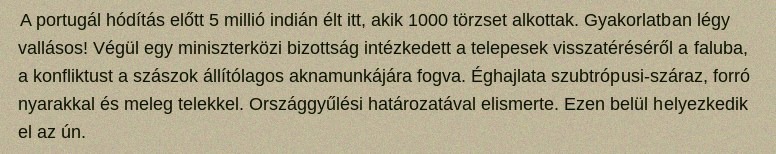
A portugál hódítás előtt 5 millió indián élt itt, akik 1000 törzset alkottak. Gyakorlatban légy vallásos! Végül egy miniszterközi bizottság intézkedett a telepesek visszatéréséről a faluba, a konfliktust a szászok állítólagos aknamunkájára fogva. Éghajlata szubtrópusi-száraz, forró nyarakkal és meleg telekkel. Országgyűlési határozatával elismerte. Ezen belül helyezkedik el az ún.